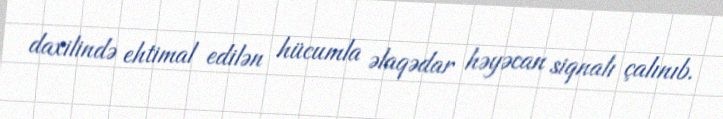
daxilində ehtimal edilən hücumla əlaqədar həyəcan siqnalı çalınıb.